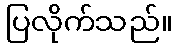
ပြလိုက်သည်။